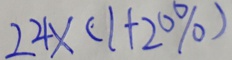
2 4 \times ( 1 + 2 0 \% )